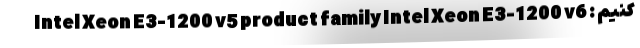
کنیم : Intel Xeon E3-1200 v5 product family Intel Xeon E3-1200 v6